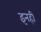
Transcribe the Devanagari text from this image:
इनही